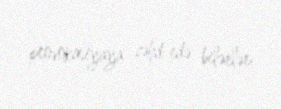
provokasiyaya cəhd edə bilərlər.